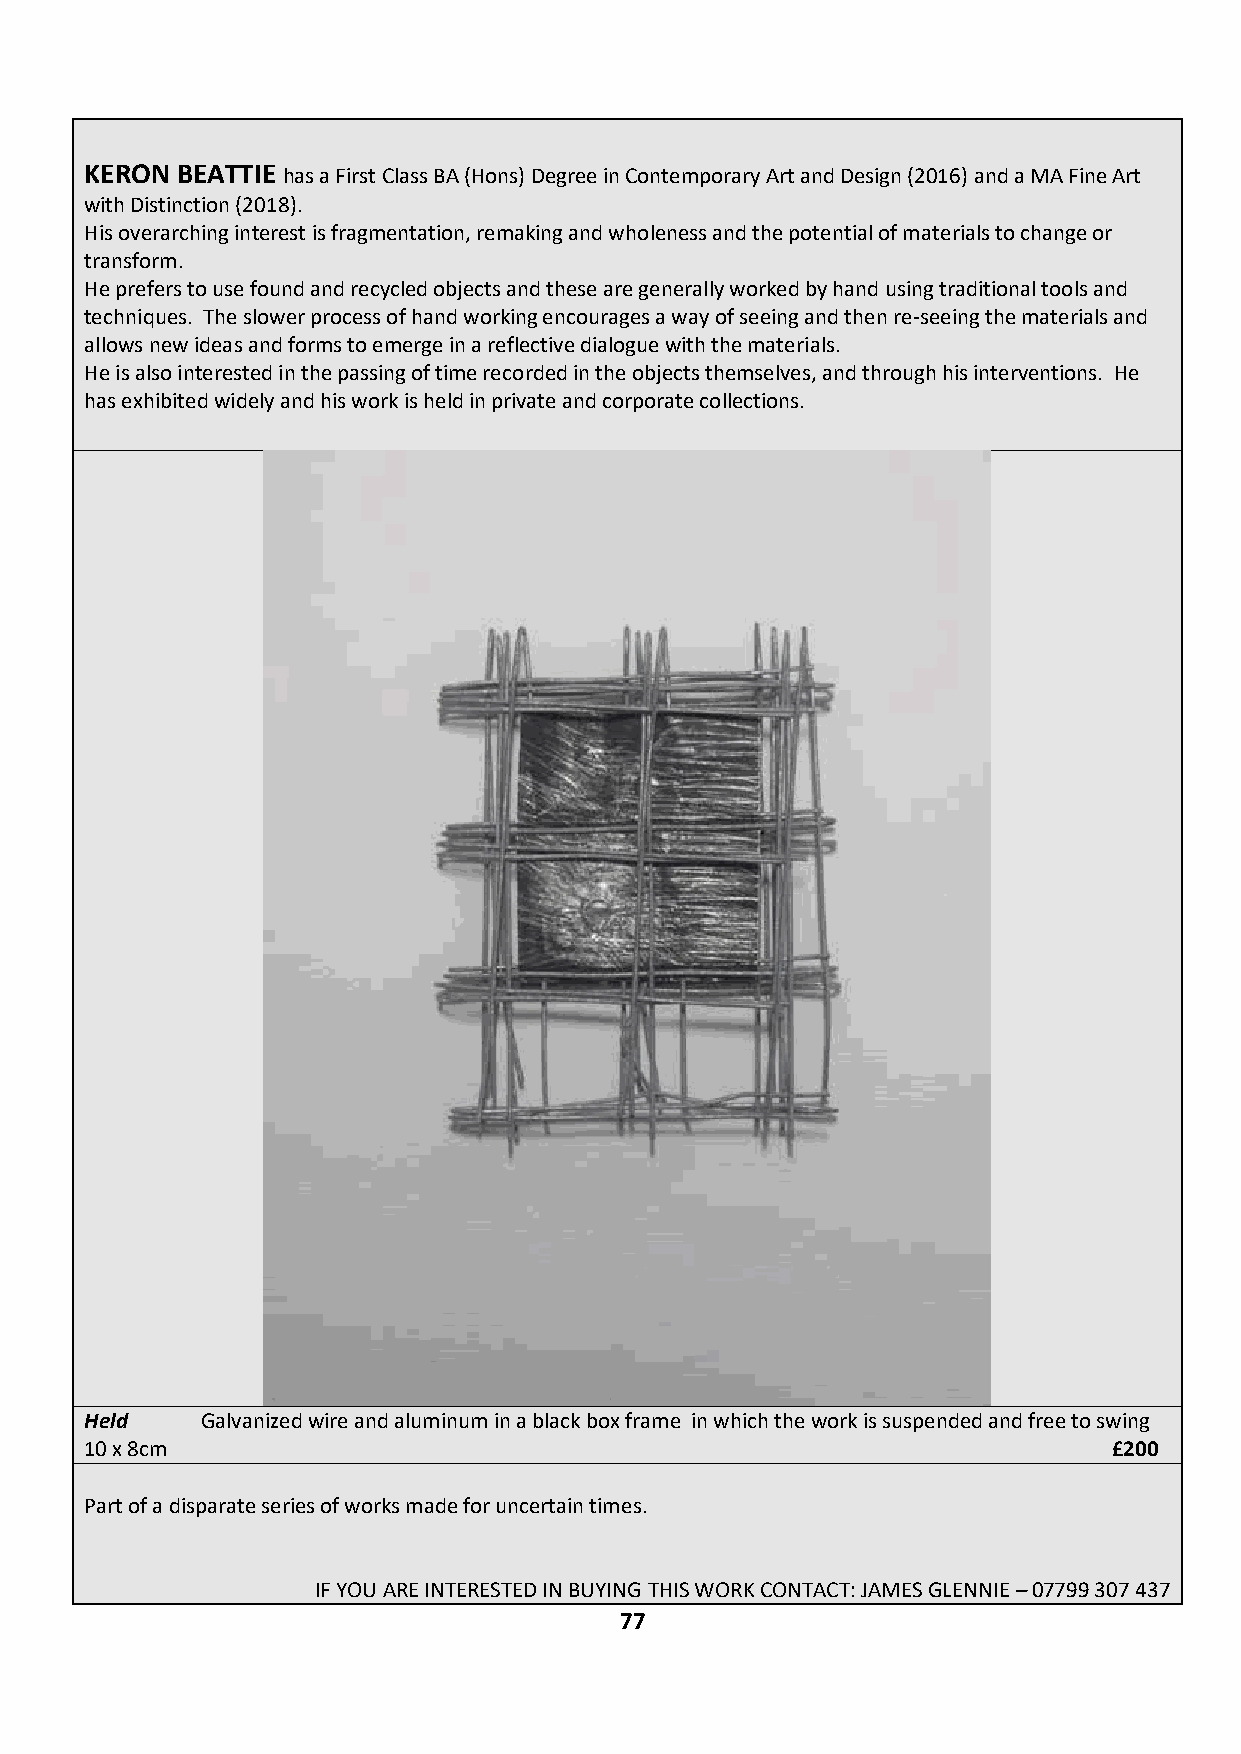
KERON BEATTIE has a First Class BA (Hons) Degree in Contemporary Art and Design (2016) and a MA Fine Art
 with Distinction (2018).
 His overarching interest is fragmentation, remaking and wholeness and the potential of materials to change or
 transform.
 He prefers to use found and recycled objects and these are generally worked by hand using traditional tools and
 techniques. The slower process of hand working encourages a way of seeing and then re-seeing the materials and
 allows new ideas and forms to emerge in a reflective dialogue with the materials.
 He is also interested in the passing of time recorded in the objects themselves, and through his interventions. He
 has exhibited widely and his work is held in private and corporate collections.
 Held   Galvanized wire and aluminum in a black box frame in which the work is suspended and free to swing
 10 x 8cm                                                            £200
 Part of a disparate series of works made for uncertain times.
 IF YOU ARE INTERESTED IN BUYING THIS WORK CONTACT: JAMES GLENNIE – 07799 307 437
 77